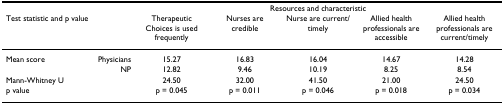
<table><thead><tr><td></td><td></td><td colspan="5"><b>Resources and characteristic</b></td></tr><tr><td><b>Test statistic and p value</b></td><td></td><td><b>Therapeutic Choices is used frequently</b></td><td><b>Nurses are credible</b></td><td><b>Nurse are current/timely</b></td><td><b>Allied health professionals are accessible</b></td><td><b>Allied health professionals are current/timely</b></td></tr></thead><tbody><tr><td>Mean score</td><td>Physicians</td><td>15.27</td><td>16.83</td><td>16.04</td><td>14.67</td><td>14.28</td></tr><tr><td></td><td>NP</td><td>12.82</td><td>9.46</td><td>10.19</td><td>8.25</td><td>8.54</td></tr><tr><td>Mann-Whitney U</td><td></td><td>24.50</td><td>32.00</td><td>41.50</td><td>21.00</td><td>24.50</td></tr><tr><td>p value</td><td></td><td>p = 0.045</td><td>p = 0.011</td><td>p = 0.046</td><td>p = 0.018</td><td>p = 0.034</td></tr></tbody></table>